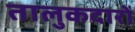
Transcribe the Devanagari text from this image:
तालुकदारों